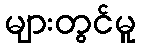
များတွင်မူ